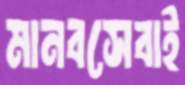
মানবসেবাই